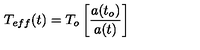
T _ { e f f } ( t ) = T _ { o } \left[ \frac { a ( t _ { o } ) } { a ( t ) } \right]